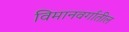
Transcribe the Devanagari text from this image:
विमानवर्गातील